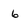
Character: 6